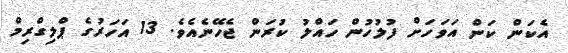
އެކަން ކަން އަވަހަށް ފުލުހުން ހައްލު ކުރަން ޖެހޭނެއެވެ. 13 އަހަރުގެ ޕްލިގްރިމް